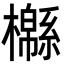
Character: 㰃